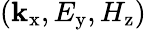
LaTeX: (\mathbf{k}_{\mathrm{{x}}},E_{\mathrm{{y}}},H_{\mathrm{{z}}})